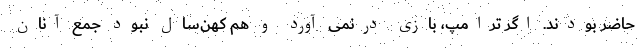
حاضر بودند. اگر ترامپ، بازی درنمی آورد و هم کهن‌سال نبود جمع آنان